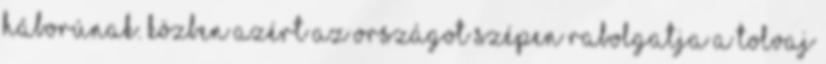
háborúnak. Közben azért az országot szépen rabolgatja a tolvaj